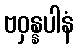
ဗဝှန္နပါနံ